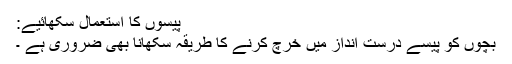
پیسوں کا استعمال سکھائیے:
بچوں کو پیسے درست انداز میں خرچ کرنے کا طریقہ سکھانا بھی ضروری ہے ۔